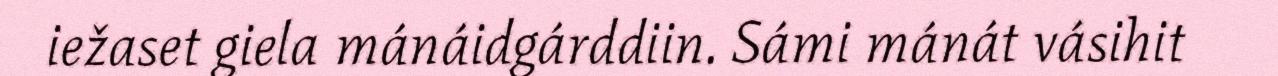
iežaset giela mánáidgárddiin. Sámi mánát vásihit